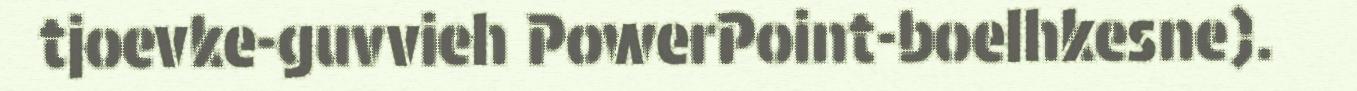
tjoevke-guvvieh PowerPoint-boelhkesne).